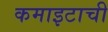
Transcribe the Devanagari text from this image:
कमाइटाची